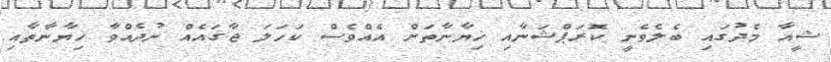
ޝީއާ މެދުގައި ބެލެވެނީ ކޮރަޕްޝަނާއި ޚިޔާނާތަށް އެއްވެސް ކަހަލަ ޖާގައެއް ނުދެއްވާ ޚިޔާނާތާއި